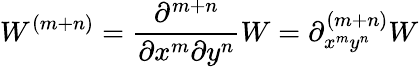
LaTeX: W^{(m+n)}=\frac{\partial^{m+n}}{\partial x^{m}\partial y^{n}}W=\partial_{x^{m}y^{n}}^{(m+n)}W